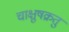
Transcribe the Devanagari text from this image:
चाक्षुषक्रतु